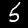
Label: 5